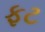
ફટ